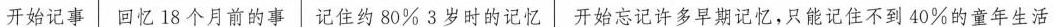
开始记事 回忆18个月前的事 记住约80%3岁时的记忆开始忘记许多早期记忆，只能记住不到40%的童年生活